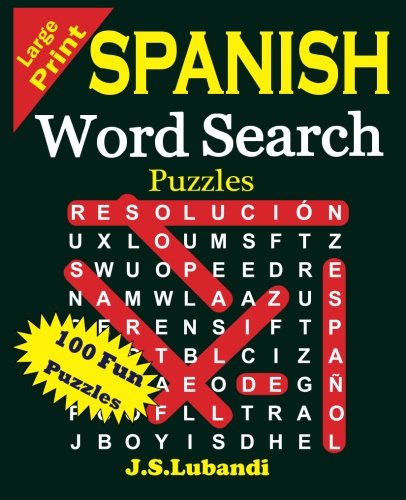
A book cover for Large Print Spanish Word Search Puzzles (Volume 1) (Spanish Edition); J S Lubandi; Humor & Entertainment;